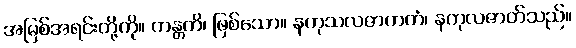
အမြစ်အရင်းတို့ကို။ ကန္တတိ၊ ဖြစ်သော။ နကုသလဇာကတံ၊ နကုလဇာတ်သည်။